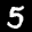
Label: 5